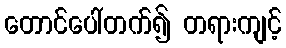
တောင်ပေါ်တက်၍ တရားကျင့်